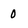
Character: O